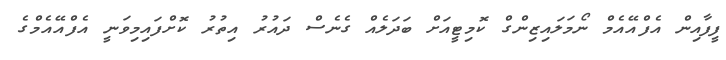
ފީފާއިން އެފްއޭއެމް ނޯމަލައިޒިންގް ކޮމިޓީއަށް ބަދަލެއް ގެނެސް ދައުރު އިތުރު ކޮށްފައިމިވަނީ އެފްއޭއެމްގެ